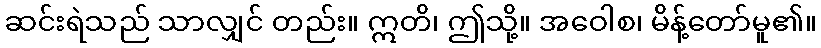
ဆင်းရဲသည် သာလျှင် တည်း။ ဣတိ၊ ဤသို့။ အဝေါစ၊ မိန့်တော်မူ၏။